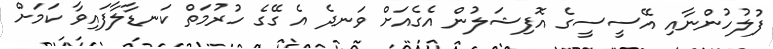
ފުލުހުންނާއި އޭސީސީގެ އޮފިޝަލުން އެގެއަށް ވަނދެ އެ ގޭގެ ހުރުމަތް ކަނޑާލާފައިވާ ކަމަށް